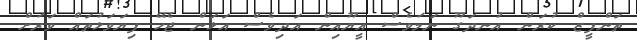
ތަންފީޒް ކުރަން އުނދަގޫ ނަމަވެސް އީޔޫއިން އަދިވެސް އަޅަން ޖެހޭ ފިޔަވަޅުތައް ވަރަށް